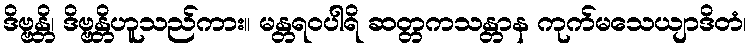
ဒိဗ္ဗန္တိ၊ ဒိဗ္ဗန္တိဟူသည်ကား။ မန္တရဝပါရိ ဆတ္တကသန္တာန ကုက်မသေယျာဒိတံ၊